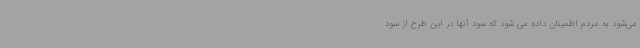
می‌شود به مردم اطمینان داده می شود که سود آنها در این طرح از سود